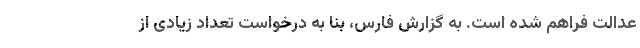
عدالت فراهم شده است. به گزارش فارس، بنا به درخواست تعداد زیادی از